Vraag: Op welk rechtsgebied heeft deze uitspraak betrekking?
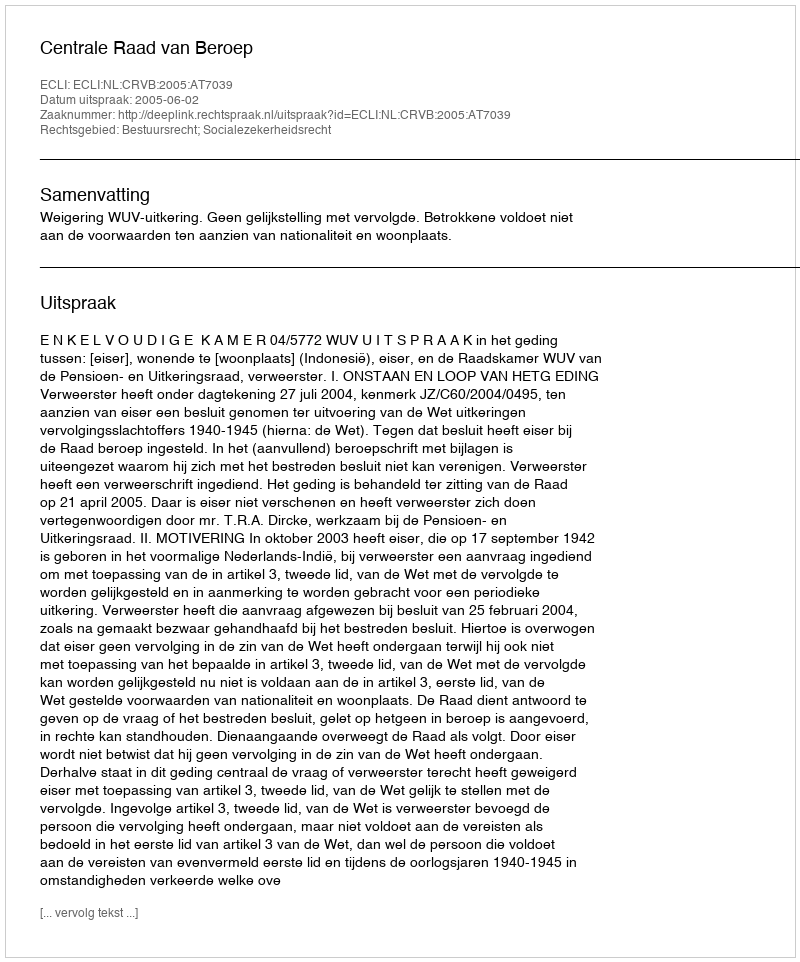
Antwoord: Bestuursrecht; Socialezekerheidsrecht